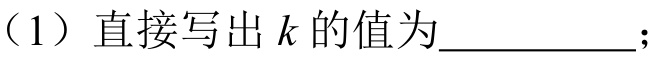
（1）直接写出\(k\)的值为  ；